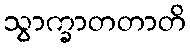
သွာက္ခာတတာတိ